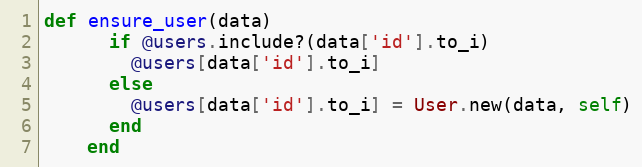
Language: Ruby
def ensure_user(data)
      if @users.include?(data['id'].to_i)
        @users[data['id'].to_i]
      else
        @users[data['id'].to_i] = User.new(data, self)
      end
    end